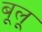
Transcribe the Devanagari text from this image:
बूलू